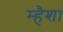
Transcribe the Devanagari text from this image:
म्हैशा